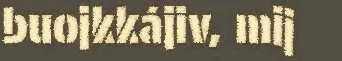
buojkkájiv, mij